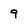
Character: 9